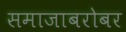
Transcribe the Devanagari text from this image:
समाजाबरोबर